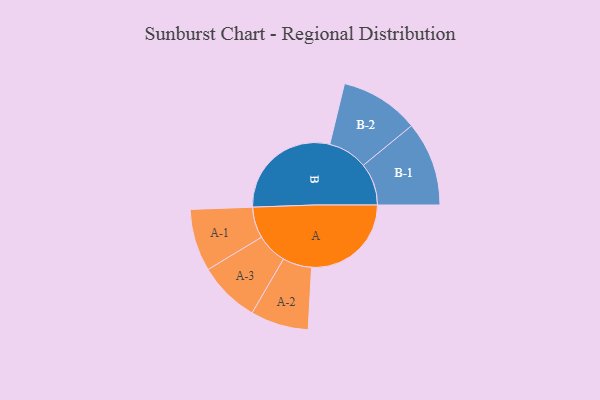
{"axis": {"x": "Segment", "y": "Value"}, "legend": ["", "A", "B"], "data": [{"x": "A", "y": 416, "type": ""}, {"x": "B", "y": 472, "type": ""}, {"x": "A-1", "y": 130, "type": "A"}, {"x": "A-2", "y": 121, "type": "A"}, {"x": "A-3", "y": 128, "type": "A"}, {"x": "B-1", "y": 176, "type": "B"}, {"x": "B-2", "y": 165, "type": "B"}]}